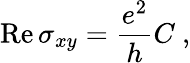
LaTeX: \mathrm{Re}\, \sigma_{xy}=\frac{e^{2}}{h}C\ ,